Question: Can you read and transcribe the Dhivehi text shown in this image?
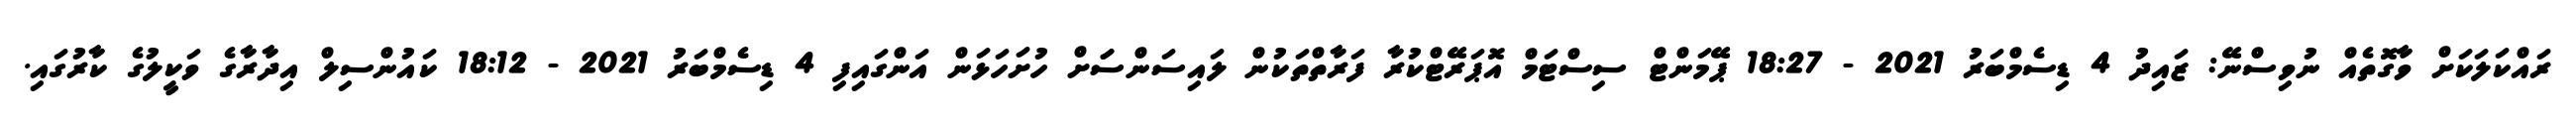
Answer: ރައްކަލަކަށް ވާގޮތެއް ނުވިސްނޭ: ޒައިދު 4 ޑިސެމްބަރު 2021 - 18:27 ޕޭމަންޓް ސިސްޓަމް އޮޕަރޭޓްކުރާ ފަރާތްތަކުން ލައިސަންސަަށް ހުށަހަޅަން އަންގައިފި 4 ޑިސެމްބަރު 2021 - 18:12 ކައުންސިލް އިދާރާގެ ވަކީލުގެ ކާރުގައި.